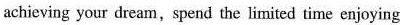
achieving your dream,spend the limited time enjoying